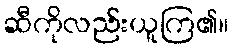
ဆီကိုလည်းယူကြ၏။